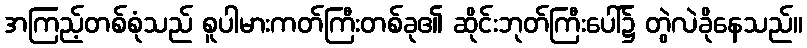
အကြည့်တစ်စုံသည် စူပါမားကတ်ကြီးတစ်ခု၏ ဆိုင်းဘုတ်ကြီးပေါ်၌ တွဲလဲခိုနေသည်။